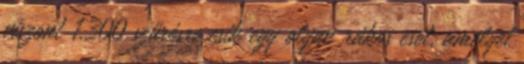
viszont 1.300 szűrésre esik egy olyan rákos eset, amelyet